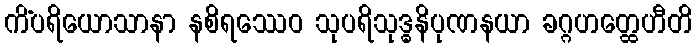
ကိံပရိယောသာနာ နစိရဿေဝ သုပရိသုဒ္ဓနိပုဏနယာ ခဂ္ဂဟတ္ထေဟီတိ